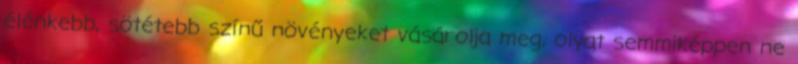
élénkebb, sötétebb színű növényeket vásárolja meg, olyat semmiképpen ne